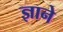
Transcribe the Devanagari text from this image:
ज्ञाने